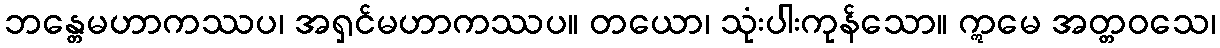
ဘန္တေမဟာကဿပ၊ အရှင်မဟာကဿပ။ တယော၊ သုံးပါးကုန်သော။ ဣမေ အတ္တဝသေ၊